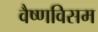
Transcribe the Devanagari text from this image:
वैष्णविसम